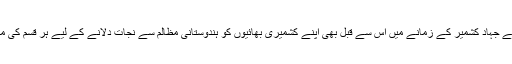
آپ نے فرمایا کہ ریاستِ سوات نے جہادِ کشمیر کے زمانے میں اس سے قبل بھی اپنے کشمیری بھائیوں کو ہندوستانی مظالم سے نجات دلانے کے لیے ہر قسم کی مالی و جانی امداد بہم پہنچائی تھی۔